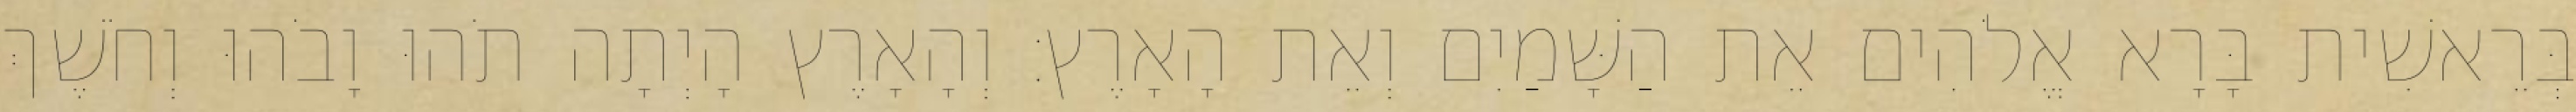
בְּרֵאשִׁית בָּרָא אֱלֹהִים אֵת הַשָּׁמַיִם וְאֵת הָאָרֶץ׃ וְהָאָרֶץ הָיְתָה תֹהוּ וָבֹהוּ וְחֹשֶׁךְ